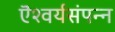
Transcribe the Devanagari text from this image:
ऎश्वर्यसंपन्न